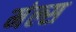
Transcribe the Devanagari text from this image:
मंल्स